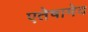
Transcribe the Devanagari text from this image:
एतेषामेव